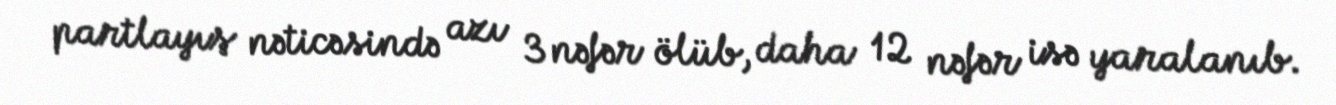
partlayış nəticəsində azı 3 nəfər ölüb, daha 12 nəfər isə yaralanıb.